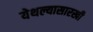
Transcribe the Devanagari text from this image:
येथल्यासारखी